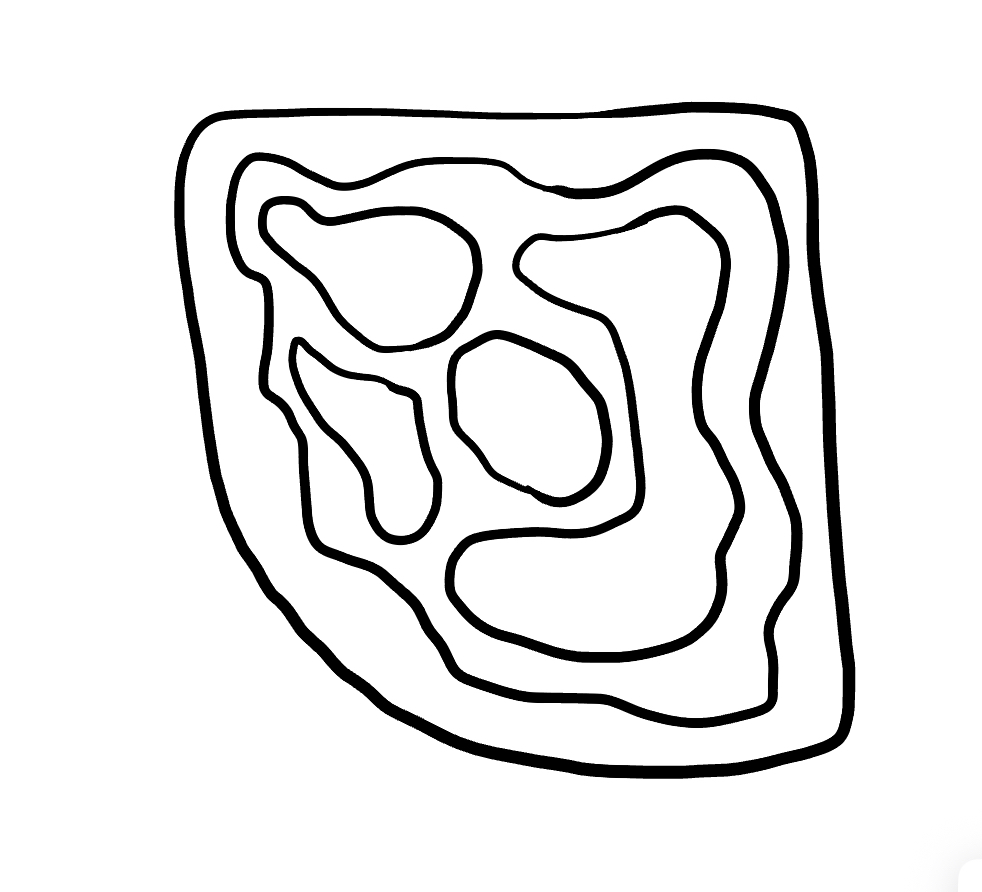
Number of regions (including the outer root region): 7
Containment tree edges (parent, child): 0, 1, 1, 2, 2, 3, 2, 4, 2, 5, 2, 6